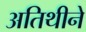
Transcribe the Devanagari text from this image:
अतिथीने